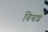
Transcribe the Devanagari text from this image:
विबश